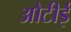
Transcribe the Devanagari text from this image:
ओटीई